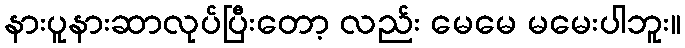
နားပူနားဆာလုပ်ပြီးတော့ လည်း မေမေ မမေးပါဘူး။